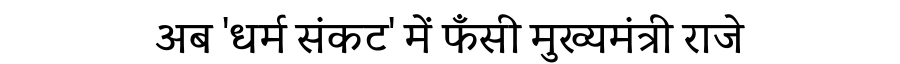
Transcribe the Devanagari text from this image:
अब 'धर्म संकट' में फँसी मुख्यमंत्री राजे